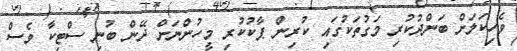
ވެހިކަލަށް ބަންދުކުރި މަގުތަކުގައި ކުރިން ޕާކުކުރި މީހުންނަށް ދޭން ބުނި ސްޓިކާ ވެސް